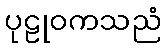
ပုဠုဝကသညံ